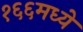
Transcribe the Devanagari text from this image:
१६६मध्ये